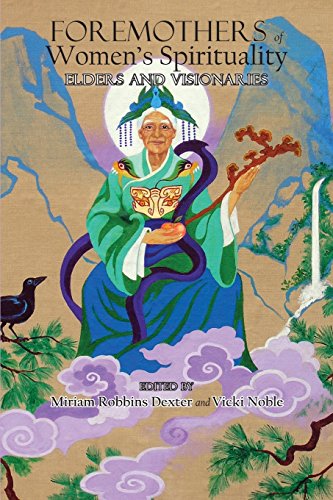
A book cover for Foremothers of the Women's Spirituality Movement: Elders and Visionaries; Miriam Robbins Dexter; Religion & Spirituality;